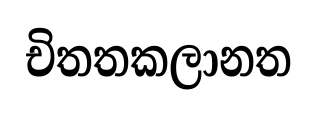
චිතතකලානත